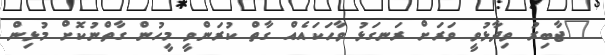
"ޖާބިރު ވިދާޅުވީ ވަރަށް ރަނގަޅު ވާހަކައެއް ގާތް ކުރަންވީ މީހުން ގާތްނުކޮށް މުޅިން